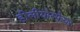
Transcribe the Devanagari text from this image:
हीलीयोस्फेयर